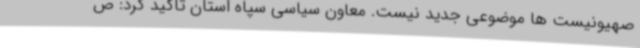
صهیونیست ها موضوعی جدید نیست. معاون سیاسی سپاه استان تاکید کرد: ص